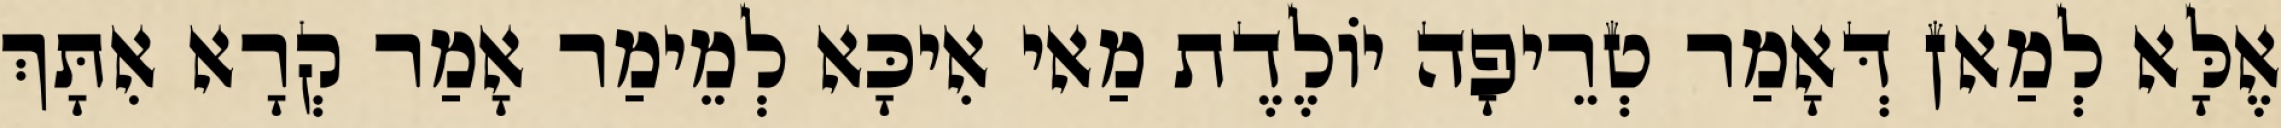
אֶלָּא לְמַאן דְּאָמַר טְרֵיפָה יוֹלֶדֶת מַאי אִיכָּא לְמֵימַר אָמַר קְרָא אִתָּךְ